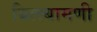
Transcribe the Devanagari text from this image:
बिलबामणी